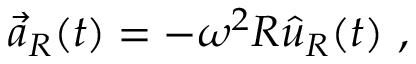
{ \vec { a } } _ { R } ( t ) = - \omega ^ { 2 } R { \hat { u } } _ { R } ( t ) \ ,